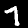
Label: 7